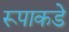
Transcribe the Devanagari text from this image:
रूपाकडे